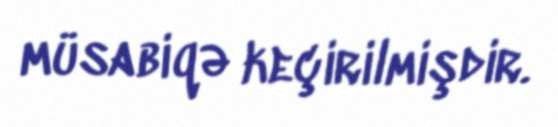
müsabiqə keçirilmişdir.